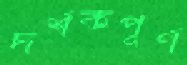
দর্শকপূর্ণ